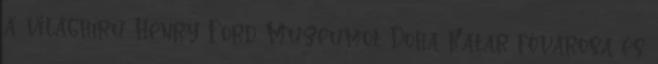
a világhírű Henry Ford Múzeumot Doha Katar fővárosa és